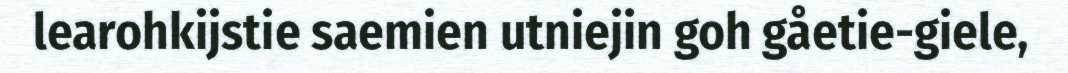
learohkijstie saemien utniejin goh gåetie-giele,